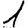
Digit: 1